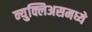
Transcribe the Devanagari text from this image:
न्युक्लिअसमध्ये